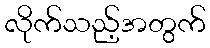
လိုက်သည့်အတွက်